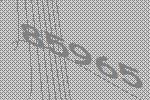
85965